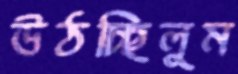
উঠচ্ছিলুম